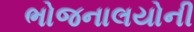
ભોજનાલયોની